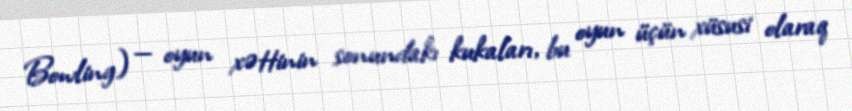
Bowling) — oyun xəttinin sonundakı kukaları, bu oyun üçün xüsusi olaraq